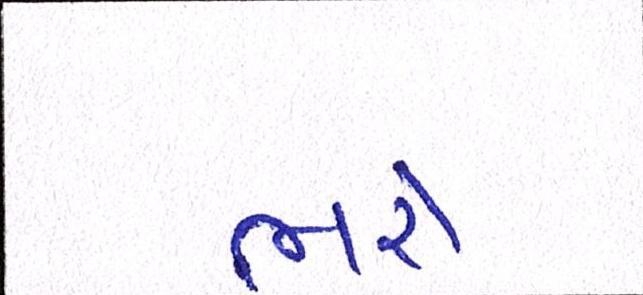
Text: ભરે